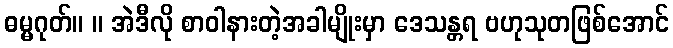
ဓမ္မဂုတ်။ ။ အဲဒီလို စာဝါနားတဲ့အခါမျိုးမှာ ဒေသန္တရ ဗဟုသုတဖြစ်အောင်